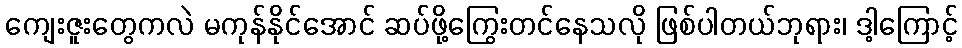
ကျေးဇူးတွေကလဲ မကုန်နိုင်အောင် ဆပ်ဖို့ကြွေးတင်နေသလို ဖြစ်ပါတယ်ဘုရား၊ ဒါ့ကြောင့်